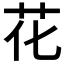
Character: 花